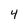
Character: 4